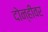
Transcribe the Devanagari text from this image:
दोन्हींवर